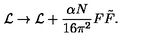
{ \cal L } \rightarrow { \cal L } + \frac { \alpha N } { 1 6 \pi ^ { 2 } } F \tilde { F } .